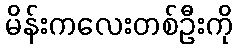
မိန်းကလေးတစ်ဦးကို